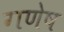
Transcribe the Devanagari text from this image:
गणेष